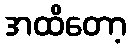
အထိတော့